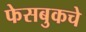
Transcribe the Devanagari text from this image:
फेसबुकचे